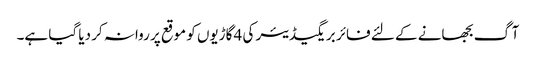
آگ بجھانے کے لئے فائر بریگیڈیئر کی 4 گاڑیوں کو موقع پر روانہ کر دیا گیا ہے۔